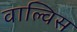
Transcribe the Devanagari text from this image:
वाल्विस